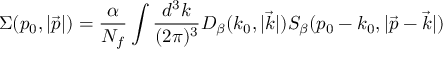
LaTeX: \Sigma ( p _ { 0 } , | \vec { p } | ) = \frac { \alpha } { N _ { f } } \int \frac { d ^ { 3 } k } { ( 2 \pi ) ^ { 3 } } D _ { \beta } ( k _ { 0 } , | \vec { k } | ) S _ { \beta } ( p _ { 0 } - k _ { 0 } , | \vec { p } - \vec { k } | )